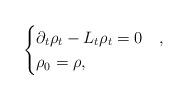
LaTeX: \begin{align*} \begin{cases}\partial_t \rho_t - L_t \rho_t = 0 & , \\ \rho_0 = \rho, & \end{cases}\end{align*}